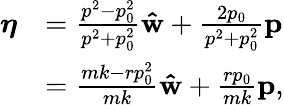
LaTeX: {\begin{array}{rl}{{\boldsymbol{\eta}}}&{={\frac{p^{2}-p_{0}^{2}}{p^{2}+p_{0}^{2}}}\mathbf{\hat{w}}+{\frac{2p_{0}}{p^{2}+p_{0}^{2}}}\mathbf{p}}\\ &{={\frac{mk-rp_{0}^{2}}{mk}}\mathbf{\hat{w}}+{\frac{rp_{0}}{mk}}\mathbf{p},}\end{array}}